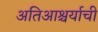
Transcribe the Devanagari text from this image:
अतिआश्चर्याची